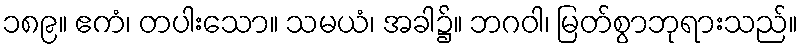
၁၈၉။ ဧကံ၊ တပါးသော။ သမယံ၊ အခါ၌။ ဘဂဝါ၊ မြတ်စွာဘုရားသည်။